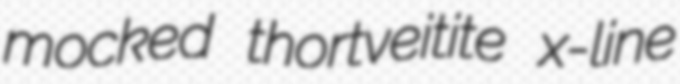
mocked thortveitite x-line